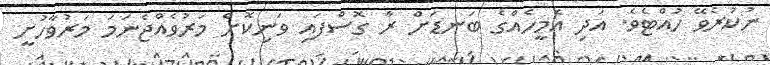
ނުކުރެވޭ ހުއްޓެވެ. އަދި އެމީހެއްގެ ބަނޑަށް ރާ ގޮސްފައި ވަނިކޮށް މަރުވެއްޖެނަމަ މަރުވާހުށީ